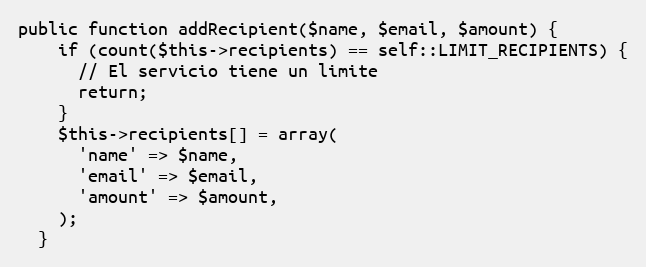
Language: PHP
public function addRecipient($name, $email, $amount) {
    if (count($this->recipients) == self::LIMIT_RECIPIENTS) {
      // El servicio tiene un limite
      return;
    }
    $this->recipients[] = array(
      'name' => $name,
      'email' => $email,
      'amount' => $amount,
    );
  }